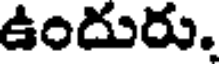
ఉందురు.